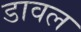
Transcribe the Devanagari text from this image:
डावल